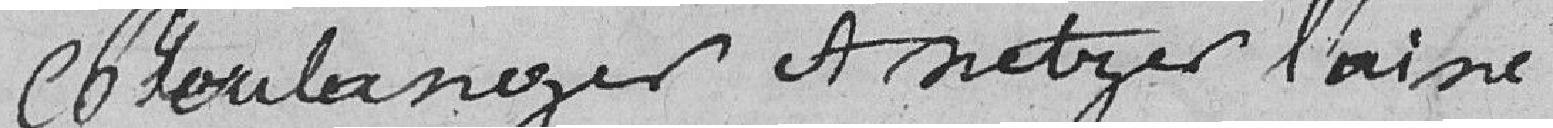
Boulanger et Metzer l'ainé